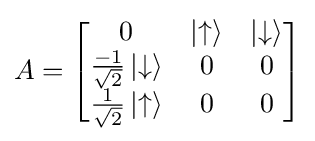
A={\begin{bmatrix}0&\left|\uparrow \right\rangle &\left|\downarrow \right\rangle \\{\frac {-1}{\sqrt {2}}}\left|\downarrow \right\rangle &0&0\\{\frac {1}{\sqrt {2}}}\left|\uparrow \right\rangle &0&0\end{bmatrix}}